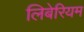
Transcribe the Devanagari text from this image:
लिबेरियम